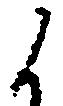
候